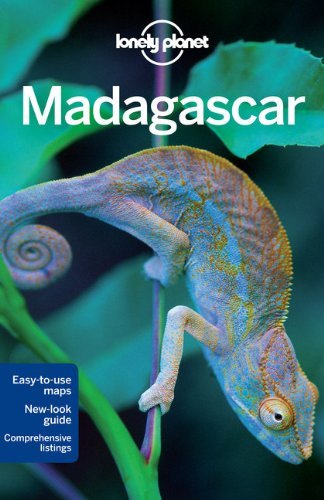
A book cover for By Lonely Planet Lonely Planet Madagascar (Travel Guide) (7th Edition); Travel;